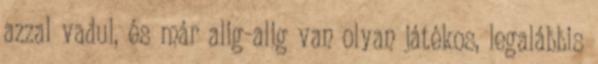
azzal vadul, és már alig-alig van olyan játékos, legalábbis